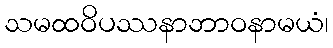
သမထဝိပဿနာဘာဝနာမယံ၊